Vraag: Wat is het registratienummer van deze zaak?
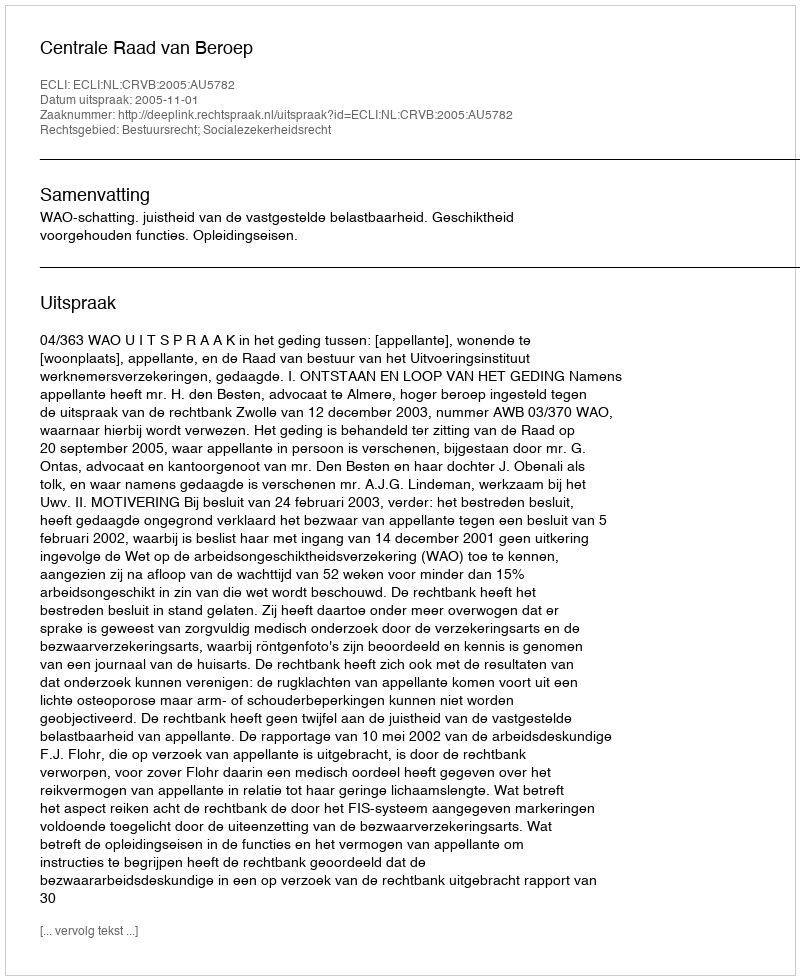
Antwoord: http://deeplink.rechtspraak.nl/uitspraak?id=ECLI:NL:CRVB:2005:AU5782